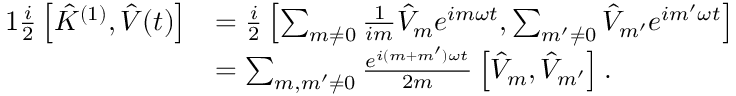
\begin{array} { r l } { { 1 } \frac { i } { 2 } \left[ \hat { K } ^ { ( 1 ) } , \hat { V } ( t ) \right] } & { = \frac { i } { 2 } \left[ \sum _ { m \neq 0 } \frac { 1 } { i m } \hat { V } _ { m } e ^ { i m \omega t } , \sum _ { m ^ { \prime } \neq 0 } \hat { V } _ { m ^ { \prime } } e ^ { i m ^ { \prime } \omega t } \right] } \\ & { = \sum _ { m , m ^ { \prime } \neq 0 } \frac { e ^ { i ( m + m ^ { \prime } ) \omega t } } { 2 m } \left[ \hat { V } _ { m } , \hat { V } _ { m ^ { \prime } } \right] . } \end{array}